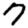
Digit: 7